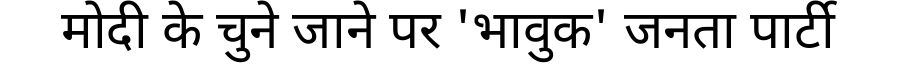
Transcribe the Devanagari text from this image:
मोदी के चुने जाने पर 'भावुक' जनता पार्टी